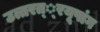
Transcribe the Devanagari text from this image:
उत्तरत््रयूपांग